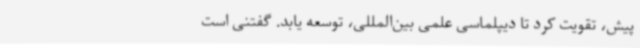
پیش، تقویت کرد تا دیپلماسی علمی بین‌المللی، توسعه یابد. گفتنی است